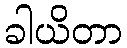
ခါယိတာ